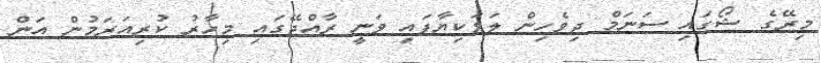
މިރޭގެ ޝޯގައި ސަނަމް ދިވެހިން ލަވަކިޔާފައި ވަނީ ރާއްޖޭގައި މިހާރު ކުރިއަރަމުން އަން